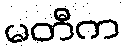
မတီက